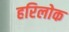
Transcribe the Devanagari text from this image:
हरिलोक